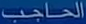
الحاجب